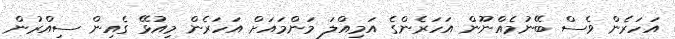
އަހަރެން ވެސް ބޭނުމެއްނޫން އަހަރެންގެ އަމިއްލަ މަންމައަށް އަހަރެން މިއުޅޭ ގެއިން ސިއްރުން